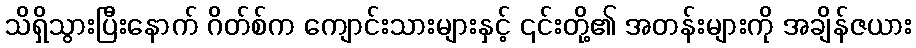
သိရှိသွားပြီးနောက် ဂိတ်စ်က ကျောင်းသားများနှင့် ၎င်းတို့၏ အတန်းများကို အချိန်ဇယား